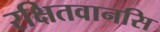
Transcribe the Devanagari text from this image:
रक्षितवानसि